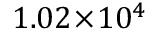
1 . 0 2 \! \times \! 1 0 ^ { 4 }